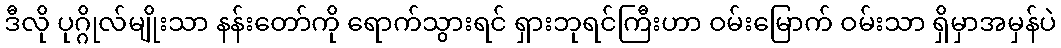
ဒီလို ပုဂ္ဂိုလ်မျိုးသာ နန်းတော်ကို ရောက်သွားရင် ရှားဘုရင်ကြီးဟာ ဝမ်းမြောက် ဝမ်းသာ ရှိမှာအမှန်ပဲ